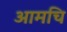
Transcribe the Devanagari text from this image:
आमचि